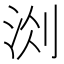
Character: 𭰐